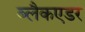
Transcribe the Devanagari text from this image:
ब्लैकएडर